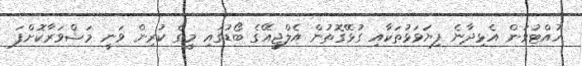
ހުއްޓުވަން އެޅިދާނެ ފިޔަވަޅުތަކާއި ގުޅޭގޮތުން އެލްޖީއޭގެ ބޯޑުގައި މީގެ ކުރިން ވަނީ މަޝްވަރާކޮށްފަ